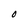
Character: O